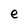
Character: e